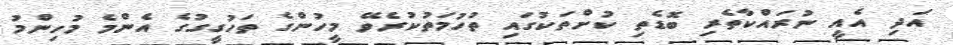
އަދި އެއީ ނުރައްކާތެރި ބޮޑެތި ކުށްތަކުގައި ތުހުމަތުކުރެވޭ މީހުންގެ ތަހުގީގުގެ އެންމެ މުހިންމު